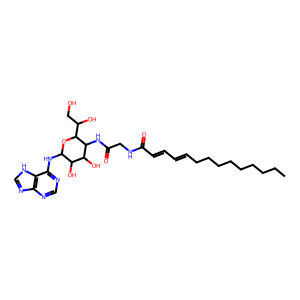
SMILES: CCCCCCCCCC=CC=CC(=O)NCC(=O)NC1C(O)C(O)C(Nc2ncnc3nc[nH]c23)OC1C(O)CO
Inhibits HIV replication: No